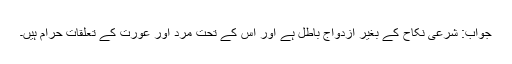
جواب: شرعی نکاح کے بغیر ازدواج باطل ہے اور اس کے تحت مرد اور عورت کے تعلقات حرام ہیں۔